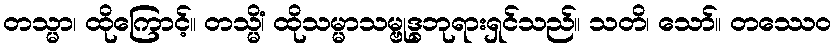
တသ္မာ၊ ထိုကြောင့်။ တသ္မိံ၊ ထိုသမ္မာသမ္ဗုဒ္ဓဘုရားရှင်သည်။ သတိ၊ သော်။ တဿေဝ